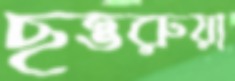
ছত্তরুয়া